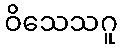
ဝိသေသဂူ